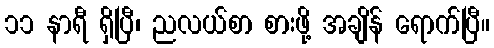
၁၁ နာရီ ရှိပြီ၊ ညလယ်စာ စားဖို့ အချိန် ရောက်ပြီ။